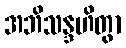
အဘိသန္ဒဟိတွာ